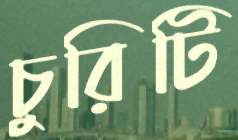
চুরিটি